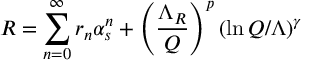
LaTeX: R = \sum _ { n = 0 } ^ { \infty } r _ { n } \alpha _ { s } ^ { n } + \left( \frac { \Lambda _ { R } } { Q } \right) ^ { p } \left( \ln Q / \Lambda \right) ^ { \gamma }